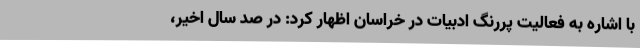
با اشاره به فعالیت پررنگ ادبیات در خراسان اظهار کرد: در صد سال اخیر،